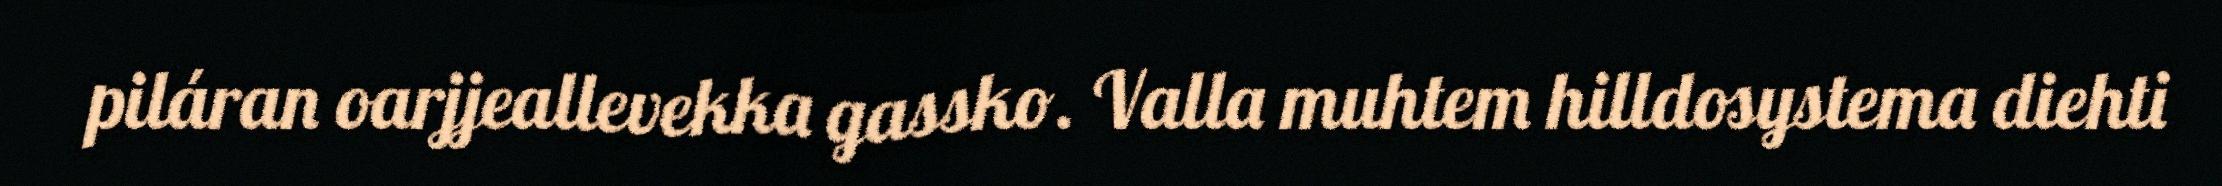
piláran oarjjeallevekka gassko. Valla muhtem hilldosystema diehti